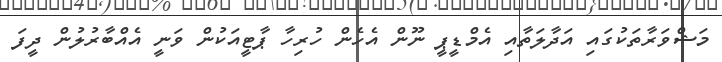
މަޝްވަރާތަކުގައި އަދާލަތާއި އެމްޑީޕީ ނޫން އެހެން ހުރިހާ ޕާޓީއަކުން ވަނީ އެއްބާރުލުން ދީފަ